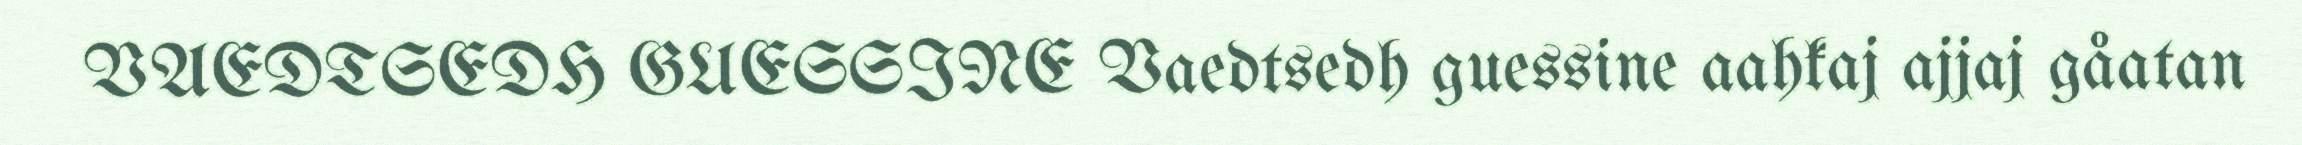
VAEDTSEDH GUESSINE Vaedtsedh guessine aahkaj ajjaj gåatan